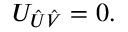
{ \cal U } _ { \hat { U } \hat { V } } = 0 .